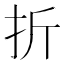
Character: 折